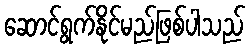
ဆောင်ရွက်နိုင်မည်ဖြစ်ပါသည်